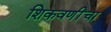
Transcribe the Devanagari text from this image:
शिकवणींचा